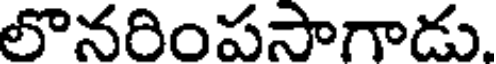
లొనరింపసాగాడు.